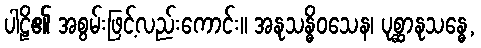
ပါဠိ၏ အစွမ်းဖြင့်လည်းကောင်း။ အနုသန္ဓိဝသေန၊ ပုစ္ဆာနုသန္ဓေ,